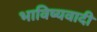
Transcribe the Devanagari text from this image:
भाविष्यवादी